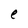
Character: e